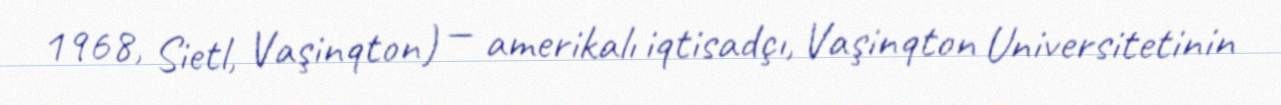
1968, Sietl, Vaşinqton) — amerikalı iqtisadçı, Vaşinqton Universitetinin